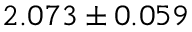
2 . 0 7 3 \pm 0 . 0 5 9